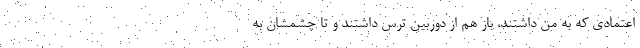
اعتمادی که به من داشتند، باز هم از دوربین ترس داشتند و تا چشمشان به